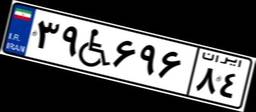
۳۹W۶۹۶۸۴